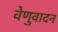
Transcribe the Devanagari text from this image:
वेणुवादन